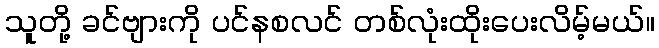
သူတို့ ခင်ဗျားကို ပင်နစလင် တစ်လုံးထိုးပေးလိမ့်မယ်။